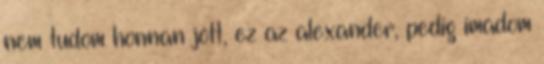
nem tudom honnan jött, ez az alexander, pedig imádom